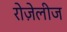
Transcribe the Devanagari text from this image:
रोज़ेलीज